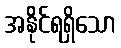
အနိုင်ရရှိသော